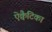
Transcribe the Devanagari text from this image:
ऐक्वैटिका